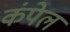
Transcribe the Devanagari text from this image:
कंपेल